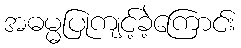
အဓမ္မပြုကျင့်ခဲ့ကြောင်း